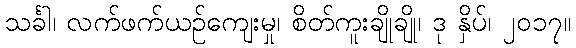
သင်္ခါ၊ လက်ဖက်ယဉ်ကျေးမှု၊ စိတ်ကူးချိုချို၊ ဒု နှိပ်၊ ၂၀၁၇။